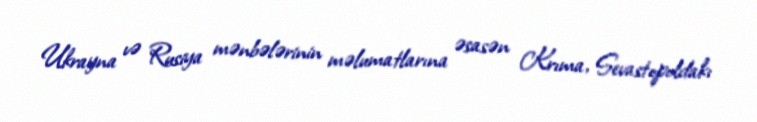
Ukrayna və Rusiya mənbələrinin məlumatlarına əsasən Krıma, Sevastopoldakı